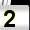
Digit: 2